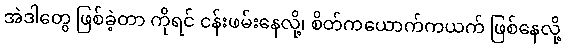
အဲဒါတွေ ဖြစ်ခဲ့တာ ကိုရင် ငန်းဖမ်းနေလို့၊ စိတ်ကယောက်ကယက် ဖြစ်နေလို့